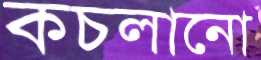
কচলানো